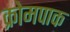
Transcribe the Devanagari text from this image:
क्रोमपाक